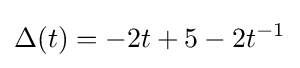
\Delta (t)=-2t+5-2t^{-1}